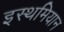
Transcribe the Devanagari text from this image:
इस्थमियान